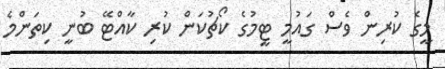
މީގެ ކުރިން ވެސް ގައުމީ ޓީމުގެ ކޯޗުކަން ކުރި ކާއްޓޭ ބުނީ ކިތަންމެ